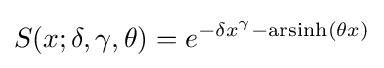
S(x;\delta ,\gamma ,\theta )=e^{-\delta x^{\gamma }-\operatorname {arsinh} (\theta x)}